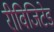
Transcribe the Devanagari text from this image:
रीविजिटेड